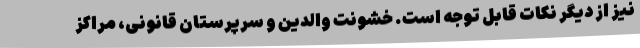
نیز از دیگر نکات قابل توجه است. خشونت والدین و سرپرستان قانونی، مراکز